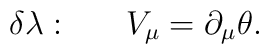
\delta\lambda :~~~~~V_{\mu}=\partial_{\mu}\theta.